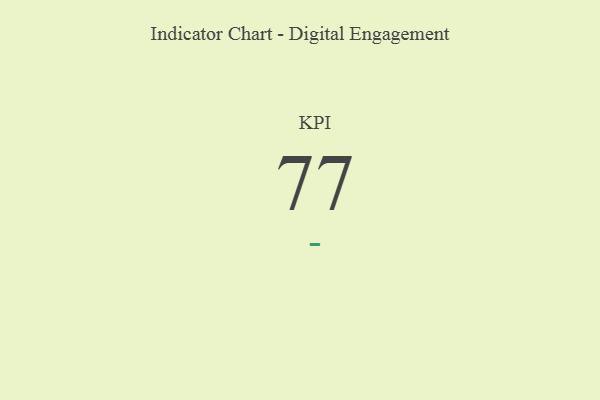
{"axis": {"x": "KPI", "y": "Value"}, "legend": [""], "data": [{"x": "KPI", "y": 77, "type": ""}]}